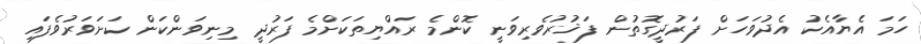
ހަމަ އެޔާއެކު އެދުވަހަށް ފަރުދީގޮތުން ފަޚުރުވެރިވަނީ ކޮންމެ ރައްޔިތަކަށްމެ ފަރުދީ މިނިވަންކަން ކަށަވަރުވެފައި